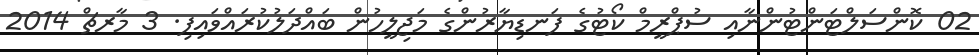
02 ކޮންސަލްޓަންޓުންނާއި ސުޕްރީމް ކޯޓުގެ ފަނޑިޔާރުންގެ މަޖިލީހުން ބައްދަލުކުރައްވައިފި. 3 މާރޗް 2014